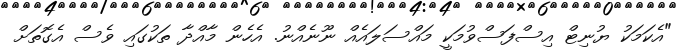
"އެކަމަކު ޔުނިޓް އިސްފަސްވުމަކީ މައްސަލައެއް ނޫނެއްނު. އެހެން މާއްދާ ތަކުގައި ވެސް އެގޮތަށް